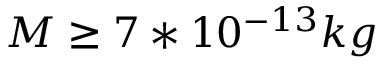
M \ge 7 * 1 0 ^ { - 1 3 } k g